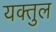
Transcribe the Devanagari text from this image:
यक्तुल